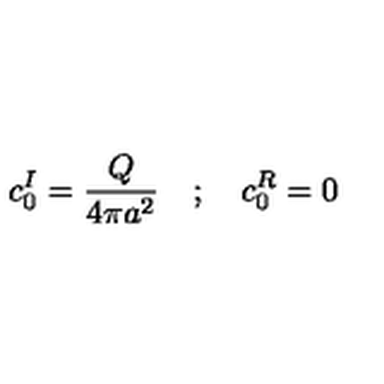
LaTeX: c _ { 0 } ^ { I } = \frac { Q } { 4 \pi a ^ { 2 } } \quad ; \quad c _ { 0 } ^ { R } = 0